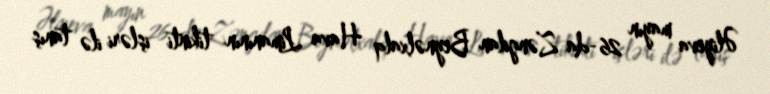
Əliyeva mayın 26-da Zəngilan Beynəlxalq Hava Limanının tikinti işləri ilə tanış